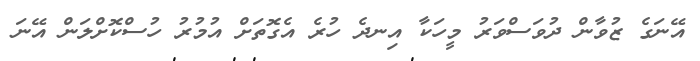
އޭނަގެ ޒުވާން ދުވަސްވަރު މީހަކާ އިނދެ ހުރެ އެގޮތަށް އުމުރު ހުސްކޮށްލަން އޭނަ